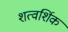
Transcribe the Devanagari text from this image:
शत्वर्शिक